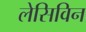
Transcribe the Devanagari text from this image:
लेसिविन